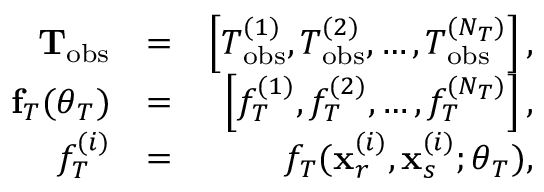
\begin{array} { r l r } { { \bf T } _ { \mathrm { o b s } } } & { = } & { \left[ T _ { \mathrm { o b s } } ^ { ( 1 ) } , T _ { \mathrm { o b s } } ^ { ( 2 ) } , \dots , T _ { \mathrm { o b s } } ^ { ( N _ { T } ) } \right] , } \\ { { \bf f } _ { T } ( \boldsymbol { \theta } _ { T } ) } & { = } & { \left[ f _ { T } ^ { ( 1 ) } , f _ { T } ^ { ( 2 ) } , \dots , f _ { T } ^ { ( N _ { T } ) } \right] , } \\ { f _ { T } ^ { ( i ) } } & { = } & { f _ { T } ( \mathbf { x } _ { r } ^ { ( i ) } , \mathbf { x } _ { s } ^ { ( i ) } ; \boldsymbol { \theta } _ { T } ) , } \end{array}